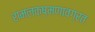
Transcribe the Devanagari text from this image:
रामलक्ष्मणावग्रतः